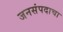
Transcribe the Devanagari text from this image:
जनसंपदाचा